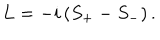
L = - i \left( S _ { + } - S _ { - } \right) .